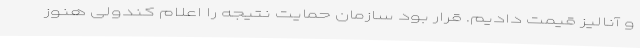
و آنالیز قیمت دادیم. قرار بود سازمان حمایت نتیجه را اعلام کندولی هنوز